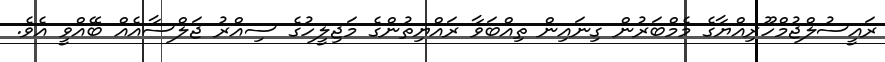
ރައީސުލްޖުމްހޫރިއްޔާގެ މެމްބަރުން ގިނައިން ތިއްބަވާ ރައްޔިތުންގެ މަޖިލީހުގެ ސިއްރު ޖަލްސާއެއް ބޭއްވީ އެވެ.